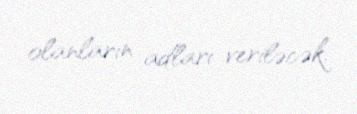
olanların adları veriləcək.